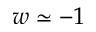
w \simeq - 1